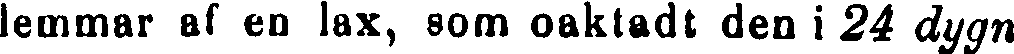
lemmar af en lax, som oaktadt den i 24 dygn